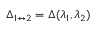
\Delta _ { 1 \leftrightarrow 2 } = \Delta ( \lambda _ { 1 } , \lambda _ { 2 } )